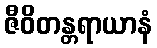
ဇီဝိတန္တရာယာနံ